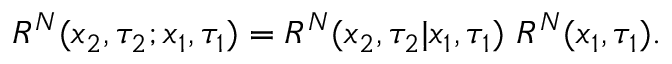
\begin{array} { r } { R ^ { N } ( x _ { 2 } , \tau _ { 2 } ; x _ { 1 } , \tau _ { 1 } ) = R ^ { N } ( x _ { 2 } , \tau _ { 2 } | x _ { 1 } , \tau _ { 1 } ) \ R ^ { N } ( x _ { 1 } , \tau _ { 1 } ) . } \end{array}